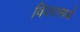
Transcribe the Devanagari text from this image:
विवरामध्ये